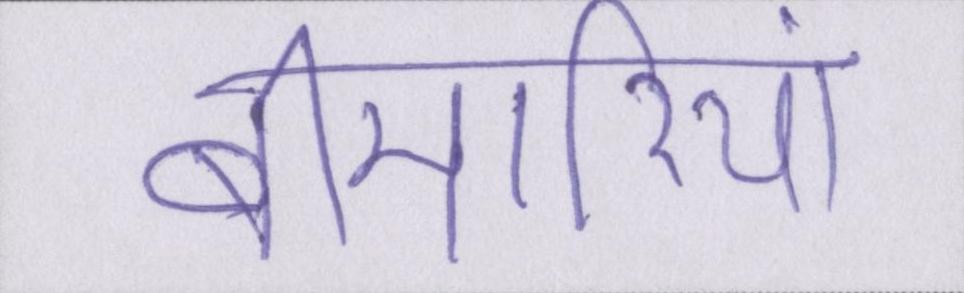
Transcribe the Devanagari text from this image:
बीमारियां